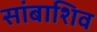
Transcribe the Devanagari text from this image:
सांबाशिव